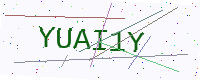
Text: YUAI1Y